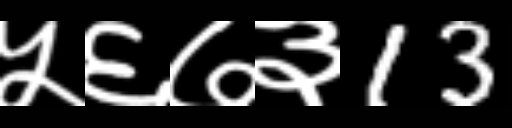
Text: ५६७३13